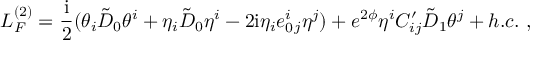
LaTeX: { \cal L } _ { F } ^ { ( 2 ) } = \frac { \mathrm { i } } { 2 } ( \theta _ { i } \tilde { { \cal D } } _ { 0 } \theta ^ { i } + \eta _ { i } \tilde { { \cal D } } _ { 0 } \eta ^ { i } - 2 \mathrm { i } \eta _ { i } e _ { 0 } ^ { i } { } _ { j } \eta ^ { j } ) + e ^ { 2 \phi } \eta ^ { i } C _ { i j } ^ { \prime } \tilde { { \cal D } } _ { 1 } \theta ^ { j } + h . c . \ ,